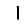
Digit: 1